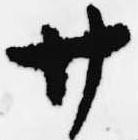
廿